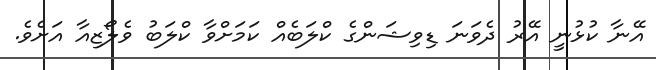
އޭނާ ކުޅުނީ އޭރު ދެވަނަ ޑިވިޝަންގެ ކްލަބެއް ކަމަށްވާ ކްލަބު ވެލޯޒިއާ އަށެވެ.